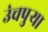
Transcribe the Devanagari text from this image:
उंचपुर्‍या